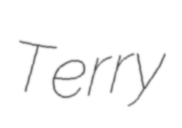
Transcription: Terry